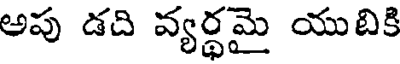
అపు డది వ్యర్థమై యుబికి